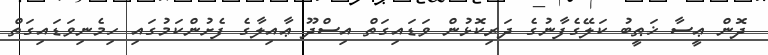
ދޮން ޢީސާ ޚަޠީބު ކަލޭގެފާނުގެ ދަރިކޮޅުން ވަޑައިގަތް އިސްދޫ ޢާއިލާގެ ފެށުންކަމުގައި ހިމެނިވަޑައިގަތް